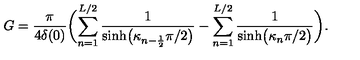
G = \frac { \pi } { 4 \delta ( 0 ) } \biggl ( \sum _ { n = 1 } ^ { L / 2 } \frac { 1 } { \sinh \bigl ( \kappa _ { n - \frac 1 2 } \pi / 2 \bigr ) } - \sum _ { n = 1 } ^ { L / 2 } \frac { 1 } { \sinh \bigl ( \kappa _ { n } \pi / 2 \bigr ) } \biggr ) .